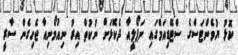
ކޮޅު ޔުވެންޓަސްގެ ސްޓޭޑިއަމްގައި ނަޕޯލީއާ ދެކޮޅަށް ނުކުތް އިރު ނިއުމޯނިއާ ޖެހިގެން ސާރީ